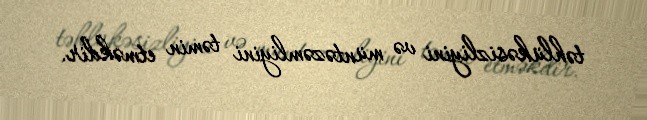
təhlükəsizliyini və müntəzəmliyini təmin etməkdir.